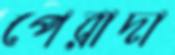
পেরাদা